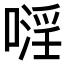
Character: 𠽍